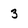
Character: 3